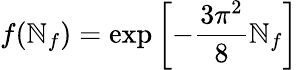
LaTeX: f(\mathbb{N}_{f})=\exp\left[-{\frac{{3\pi^{2}}}{{8}}}\mathbb{N}_{f}\right]